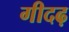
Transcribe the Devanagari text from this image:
गीदढ़